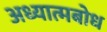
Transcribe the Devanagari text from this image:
अध्यात्मबोध